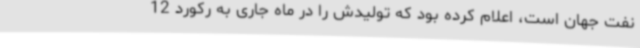
نفت جهان است، اعلام کرده بود که تولیدش را در ماه جاری به رکورد 12